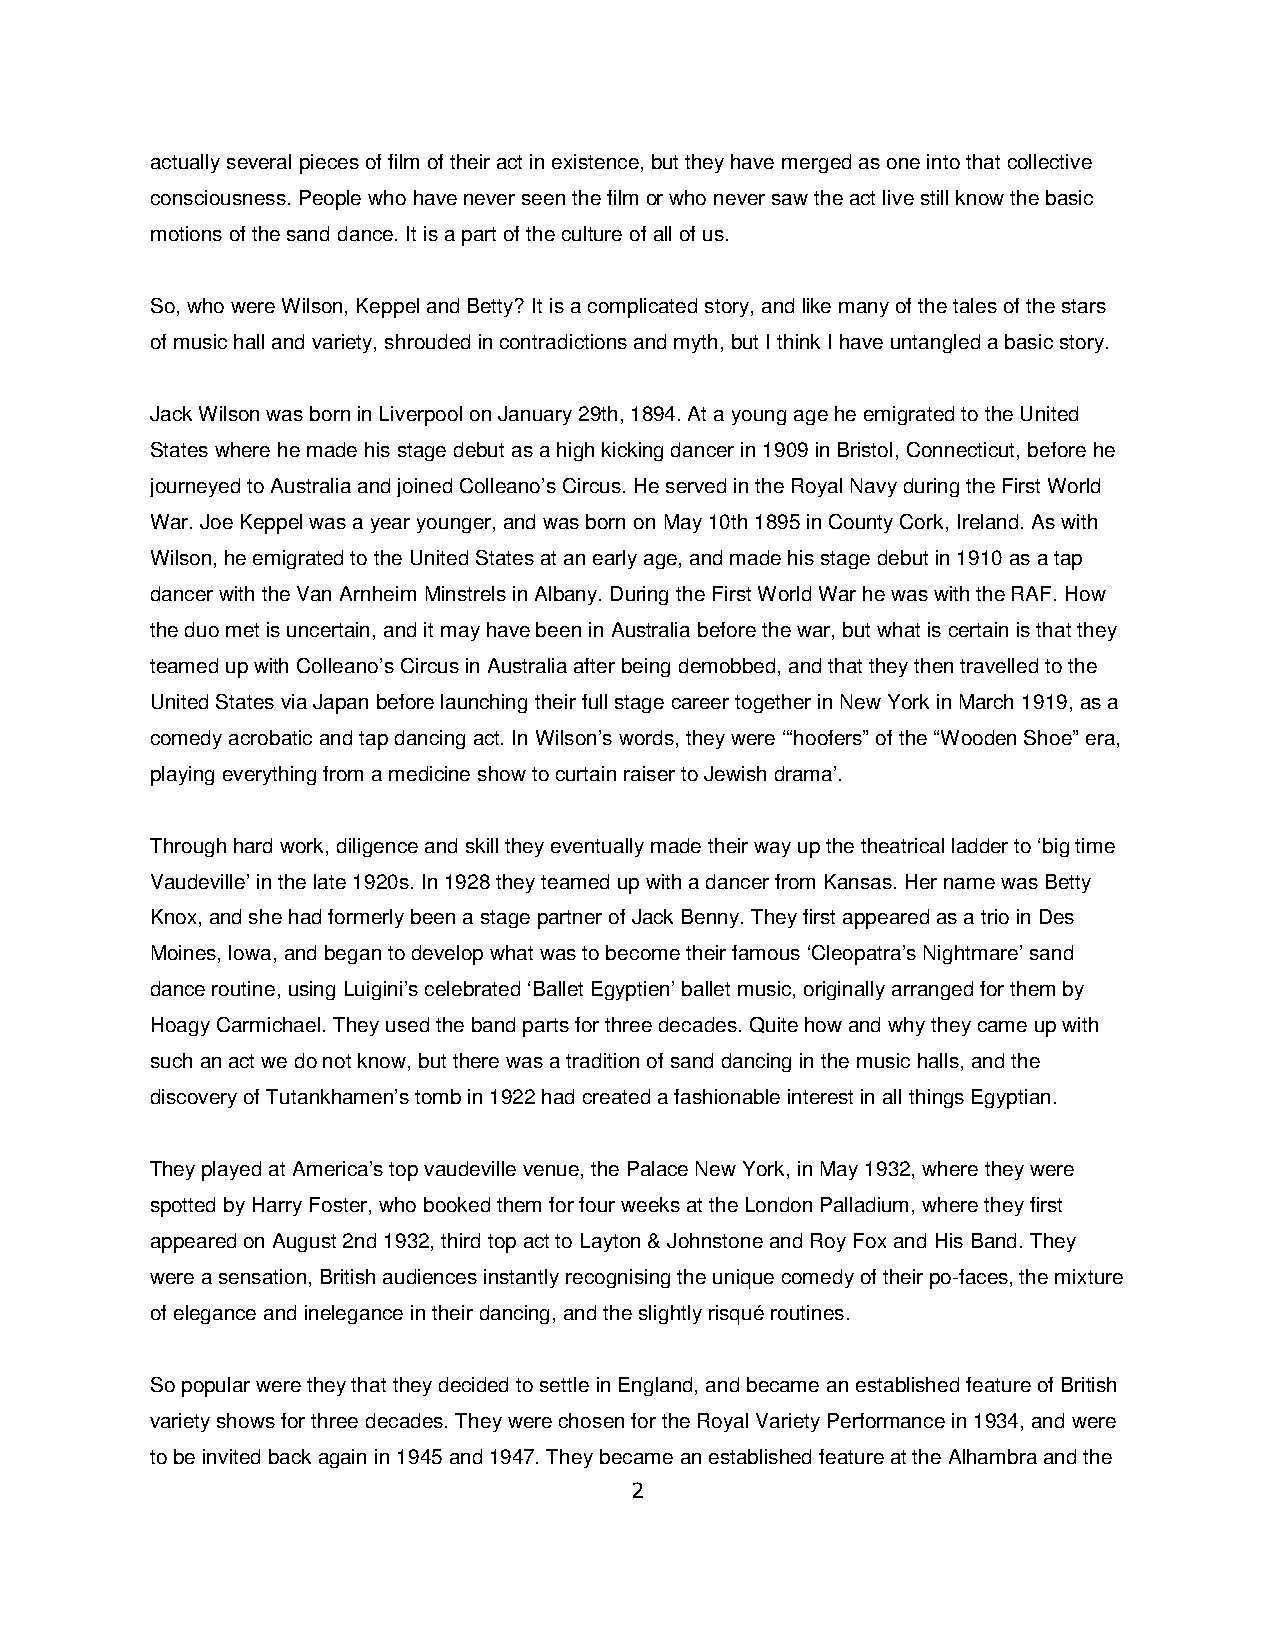
actually several pieces of film of their act in existence, but they have merged as one into that collective
 consciousness. People who have never seen the film or who never saw the act live still know the basic
 motions of the sand dance. It is a part of the culture of all of us.
 So, who were Wilson, Keppel and Betty? It is a complicated story, and like many of the tales of the stars
 of music hall and variety, shrouded in contradictions and myth, but I think I have untangled a basic story.
 Jack Wilson was born in Liverpool on January 29th, 1894. At a young age he emigrated to the United
 States where he made his stage debut as a high kicking dancer in 1909 in Bristol, Connecticut, before he
 journeyed to Australia and joined Colleano’s Circus. He served in the Royal Navy during the First World
 War. Joe Keppel was a year younger, and was born on May 10th 1895 in County Cork, Ireland. As with
 Wilson, he emigrated to the United States at an early age, and made his stage debut in 1910 as a tap
 dancer with the Van Arnheim Minstrels in Albany. During the First World War he was with the RAF. How
 the duo met is uncertain, and it may have been in Australia before the war, but what is certain is that they
 teamed up with Colleano’s Circus in Australia after being demobbed, and that they then travelled to the
 United States via Japan before launching their full stage career together in New York in March 1919, as a
 comedy acrobatic and tap dancing act. In Wilson’s words, they were ‘“hoofers” of the “Wooden Shoe” era,
 playing everything from a medicine show to curtain raiser to Jewish drama’.
 Through hard work, diligence and skill they eventually made their way up the theatrical ladder to ‘big time
 Vaudeville’ in the late 1920s. In 1928 they teamed up with a dancer from Kansas. Her name was Betty
 Knox, and she had formerly been a stage partner of Jack Benny. They first appeared as a trio in Des
 Moines, Iowa, and began to develop what was to become their famous ‘Cleopatra’s Nightmare’ sand
 dance routine, using Luigini’s celebrated ‘Ballet Egyptien’ ballet music, originally arranged for them by
 Hoagy Carmichael. They used the band parts for three decades. Quite how and why they came up with
 such an act we do not know, but there was a tradition of sand dancing in the music halls, and the
 discovery of Tutankhamen’s tomb in 1922 had created a fashionable interest in all things Egyptian.
 They played at America’s top vaudeville venue, the Palace New York, in May 1932, where they were
 spotted by Harry Foster, who booked them for four weeks at the London Palladium, where they first
 appeared on August 2nd 1932, third top act to Layton & Johnstone and Roy Fox and His Band. They
 were a sensation, British audiences instantly recognising the unique comedy of their po-faces, the mixture
 of elegance and inelegance in their dancing, and the slightly risqué routines.
 So popular were they that they decided to settle in England, and became an established feature of British
 variety shows for three decades. They were chosen for the Royal Variety Performance in 1934, and were
 to be invited back again in 1945 and 1947. They became an established feature at the Alhambra and the
 2